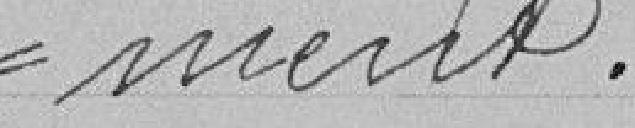
-ment